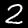
Digit: 2